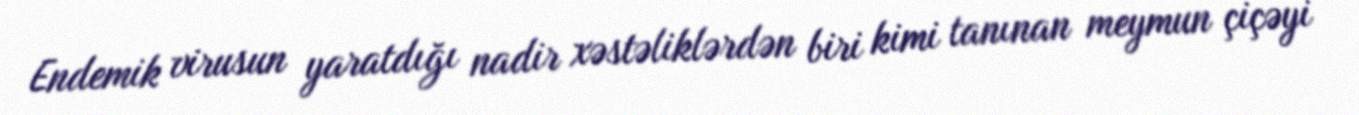
Endemik virusun yaratdığı nadir xəstəliklərdən biri kimi tanınan meymun çiçəyi